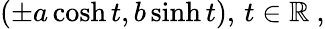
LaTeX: (\pm a\cosh t,b\sinh t),\, t\in\mathbb{R}\ ,